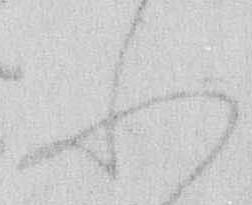
ふ